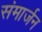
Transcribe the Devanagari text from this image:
संमार्जन